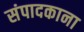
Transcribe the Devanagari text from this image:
संपादकाना